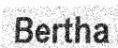
Bertha